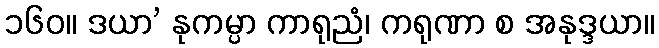
၁၆၀။ ဒယာ’ နုကမ္ပာ ကာရုညံ၊ ကရုဏာ စ အနုဒ္ဒယာ။